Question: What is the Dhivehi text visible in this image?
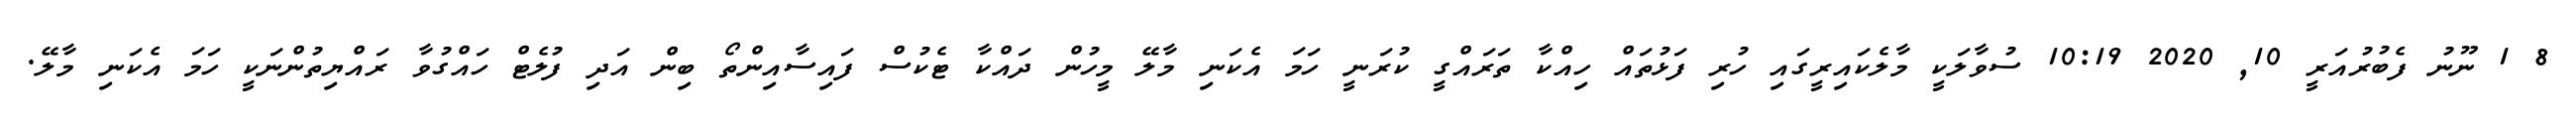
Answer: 8 1 ނޫނު ފެބުރުއަރީ 10, 2020 10:19 ސުވާލަކީ މާލެކައިރީގައި ހުރި ފަޅުތައް ހިއްކާ ތަރައްގީ ކުރަނީ ހަމަ އެކަނި މާލޭ މީހުން ދައްކާ ޓެކުސް ފައިސާއިންތޯ ބިން އަދި ފުލެޓް ހައްގުވާ ރައްޔިތުންނަކީ ހަމަ އެކަނި މާލޭ.